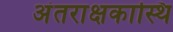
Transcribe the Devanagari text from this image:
अंतराक्षकास्थि